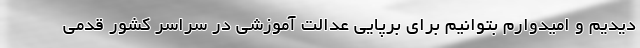
دیدیم و امیدوارم بتوانیم برای برپایی عدالت آموزشی در سراسر کشور قدمی